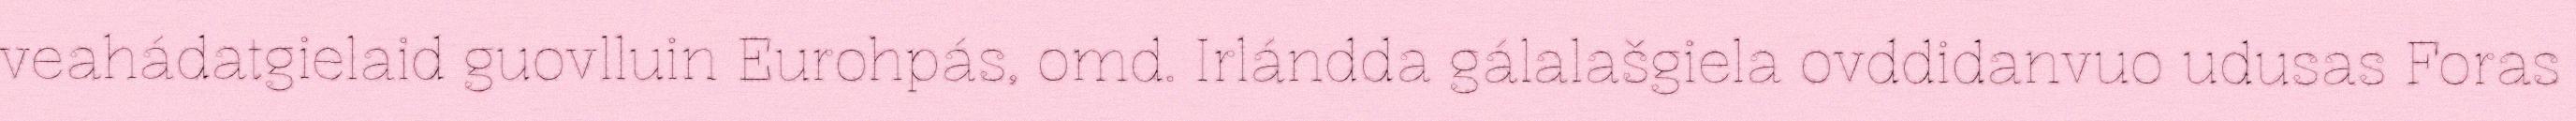
veahádatgielaid guovlluin Eurohpás, omd. Irlándda gálalašgiela ovddidanvuo udusas Foras